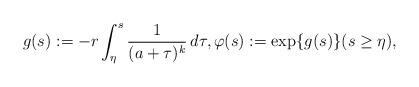
LaTeX: \begin{align*} g(s):=-r\int_\eta^s\frac{1}{(a+\tau)^k}\,d\tau, \varphi(s):=\exp\{g(s)\} (s\geq \eta), \end{align*}